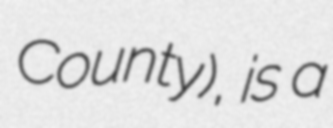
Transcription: County), is a